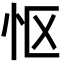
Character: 怄